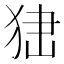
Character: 𤞍